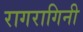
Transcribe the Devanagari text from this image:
रागरागिनी